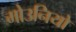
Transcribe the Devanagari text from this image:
मोउनियो